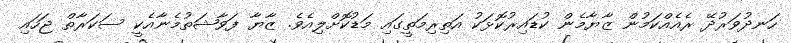
ހަނދުވަރުދޭ ރެއެއްކަމުން ޒާޔާމެން ކުޑައިރުކޮޅަކު އަތިރިމަތީގައި މަޑުކޮށްލިއެވެ. ޒާޔާ ފަވާޝަތުމެނާއެކީ ސަކަރާތް ޖަހައި